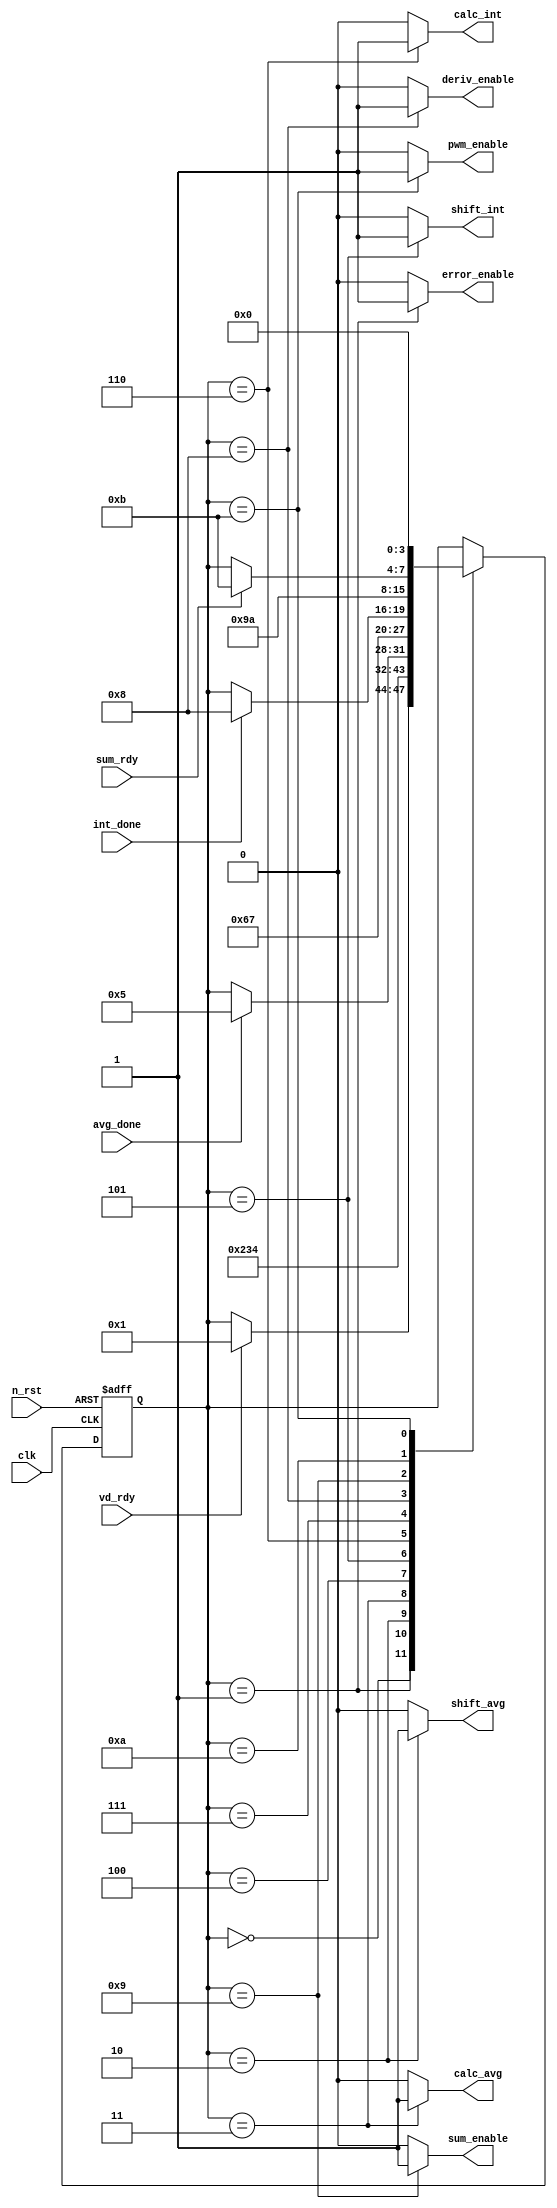
module pid_ctrl(
    input clk, n_rst, vd_rdy, avg_done, int_done, sum_rdy,
    output error_enable, shift_avg, calc_avg, shift_int, calc_int, deriv_enable, sum_enable, pwm_enable
);

parameter IDLE = 'd0;
parameter CALC_ERROR = 'd1;
parameter SHIFT_AVG = 'd2;
parameter CALC_AVG = 'd3;
parameter WAIT_AVG = 'd4;
parameter SHIFT_INT = 'd5;
parameter CALC_INT = 'd6;
parameter WAIT_INT = 'd7;
parameter CALC_DERIV = 'd8;
parameter CALC_SUM = 'd9;
parameter WAIT_SUM = 'd10;
parameter CALC_PWM = 'd11;

reg [3:0] state, next_state;

always @(posedge clk, negedge n_rst) begin
    if (n_rst == 0) begin
        state <= IDLE;
    end else begin
        state <= next_state;
    end
end


assign error_enable = (state == CALC_ERROR) ? 1'b1 : 1'b0;
assign shift_avg    = (state == SHIFT_AVG) ? 1'b1 : 1'b0;
assign calc_avg     = (state == CALC_AVG) ? 1'b1 : 1'b0;
assign shift_int    = (state == SHIFT_INT) ? 1'b1 : 1'b0;
assign calc_int     = (state == CALC_INT) ? 1'b1 : 1'b0;
assign deriv_enable = (state == CALC_DERIV) ? 1'b1 : 1'b0;
assign sum_enable   = (state == CALC_SUM) ? 1'b1 : 1'b0;
assign pwm_enable   = (state == CALC_PWM) ? 1'b1 : 1'b0;


always begin
    next_state = state;
    casez (state)
        IDLE: begin
            if (vd_rdy == 1) begin
                next_state = CALC_ERROR;
            end
        end
        CALC_ERROR: begin
            next_state = SHIFT_AVG;
        end
        SHIFT_AVG: begin
            next_state = CALC_AVG;
        end
        CALC_AVG: begin
            next_state = WAIT_AVG;
        end
        WAIT_AVG: begin
            if (avg_done == 1) begin
                next_state = SHIFT_INT;
            end
        end
        SHIFT_INT: begin
            next_state = CALC_INT;
        end
        CALC_INT: begin
            next_state = WAIT_INT;
        end
        WAIT_INT: begin
            if (int_done == 1) begin
                next_state = CALC_DERIV;
            end
        end
        CALC_DERIV: begin
            next_state = CALC_SUM;
        end
        CALC_SUM: begin
            next_state = WAIT_SUM;
        end
        WAIT_SUM: begin
            if (sum_rdy == 1) begin
                next_state = CALC_PWM;
            end
        end
        CALC_PWM: begin
            next_state = IDLE;
        end
    endcase
end

endmodule